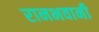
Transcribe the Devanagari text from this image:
रानभवानी